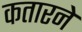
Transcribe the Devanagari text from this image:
कतारने